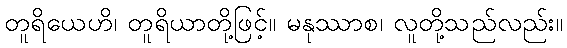
တူရိယေဟိ၊ တူရိယာတို့ဖြင့်။ မနုဿာစ၊ လူတို့သည်လည်း။